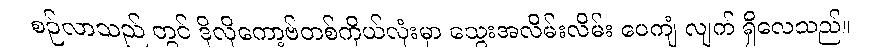
စဉ်လာသည် တွင် ဒိုလိုကော့ဗ်တစ်ကိုယ်လုံးမှာ သွေးအလိမ်းလိမ်း ပေကျံ လျက် ရှိလေသည်။